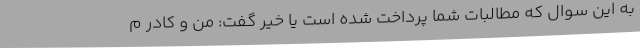
به این سوال که مطالبات شما پرداخت شده است یا خیر گفت: من و کادر م